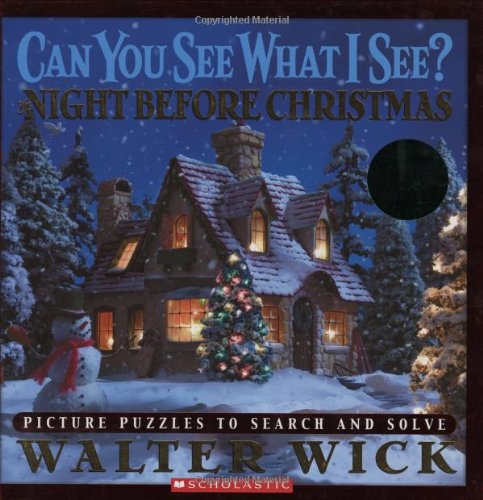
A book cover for Can You See What I See?: The Night Before Christmas: Picture Puzzles to Search and Solve; Walter Wick; Children's Books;